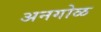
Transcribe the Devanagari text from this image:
अनगोळ